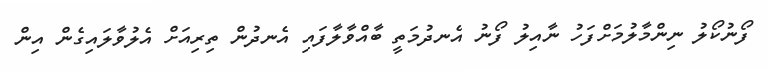
ފޯނުކޯލު ނިންމާލުމަށްފަހު ނާއިލު ފޯނު އެނދުމަތީ ބާއްވާލާފައި އެނދުން ތިރިއަށް އެލުވާލައިގެން އިން